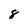
Character: 8